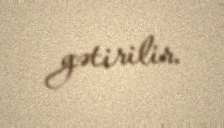
gətirilir.